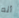
أنه